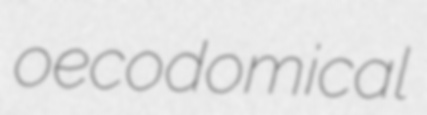
oecodomical